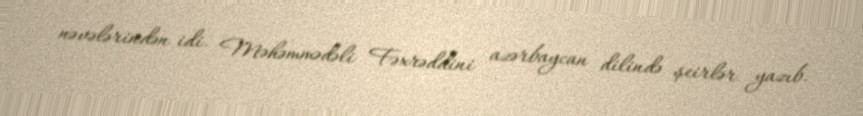
nəvələrindən idi. Məhəmmədəli Fəxrəddini azərbaycan dilində şeirlər yazıb.